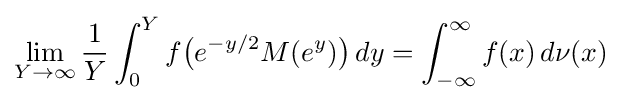
\lim _{Y\to \infty }{\frac {1}{Y}}\int _{0}^{Y}f{\big (}e^{-y/2}M(e^{y}){\big )}\,dy=\int _{-\infty }^{\infty }f(x)\,d\nu (x)